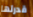
قدرتها